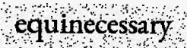
equinecessary